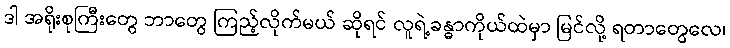
ဒါ အရိုးစုကြီးတွေ ဘာတွေ ကြည့်လိုက်မယ် ဆိုရင် လူရဲ့ခန္ဓာကိုယ်ထဲမှာ မြင်လို့ ရတာတွေလေ၊